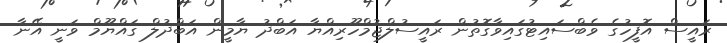
ރައީސް އޮފީހުގެ ވެބްސައިޓުގައިވާގޮތުން ރައީސުލްޖުމްހޫރިއްޔާ އަބްދު ޔާމީން އަބްދުލް ގައްޔޫމް ވަނީ އޭނާ